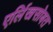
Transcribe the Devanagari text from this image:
एर्लिखसोबत